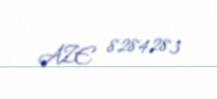
AZE 8284283